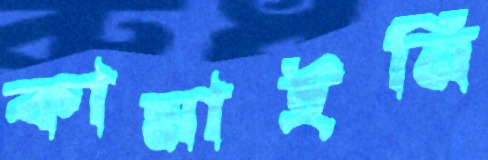
কামাইনি